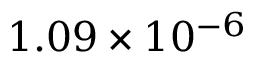
1 . 0 9 \times 1 0 ^ { - 6 }